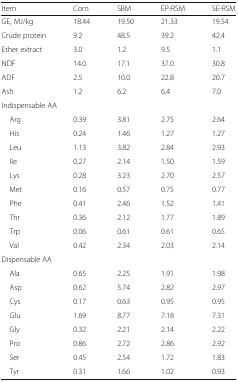
| Item | Corn | SBM | EP-RSM | SE-RSM |
 | --- | --- | --- | --- | --- |
 | GE, MJ/kg | 18.44 | 19.50 | 21.33 | 19.54 |
 | Crude protein | 9.2 | 48.5 | 39.2 | 42.4 |
 | Ether extract | 3.0 | 1.2 | 9.5 | 1.1 |
 | NDF | 14.0 | 17.1 | 37.0 | 30.8 |
 | ADF | 2.5 | 10.0 | 22.8 | 20.7 |
 | Ash | 1.2 | 6.2 | 6.4 | 7.0 |
 | <COLSPAN=5> Indispensable AA |
 | Arg | 0.39 | 3.81 | 2.75 | 2.64 |
 | His | 0.24 | 1.46 | 1.27 | 1.27 |
 | Leu | 1.13 | 3.82 | 2.84 | 2.93 |
 | Ile | 0.27 | 2.14 | 1.50 | 1.59 |
 | Lys | 0.28 | 3.23 | 2.70 | 2.57 |
 | Met | 0.16 | 0.57 | 0.75 | 0.77 |
 | Phe | 0.41 | 2.46 | 1.52 | 1.41 |
 | Thr | 0.36 | 2.12 | 1.77 | 1.89 |
 | Trp | 0.06 | 0.61 | 0.61 | 0.65 |
 | Val | 0.42 | 2.34 | 2.03 | 2.14 |
 | <COLSPAN=5> Dispensable AA |
 | Ala | 0.65 | 2.25 | 1.91 | 1.98 |
 | Asp | 0.62 | 5.74 | 2.82 | 2.97 |
 | Cys | 0.17 | 0.63 | 0.95 | 0.95 |
 | Glu | 1.69 | 8.77 | 7.18 | 7.31 |
 | Gly | 0.32 | 2.21 | 2.14 | 2.22 |
 | Pro | 0.86 | 2.72 | 2.86 | 2.92 |
 | Ser | 0.45 | 2.54 | 1.72 | 1.83 |
 | Tyr | 0.31 | 1.66 | 1.02 | 0.93 |